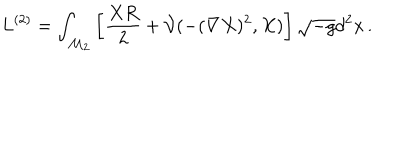
LaTeX: L ^ { ( 2 ) } = \int _ { \mathcal { M } _ { 2 } } \left[ \frac { X R } 2 + \mathcal { V } ( - ( \nabla X ) ^ { 2 } , X ) \right] \sqrt { - g } d ^ { 2 } x \, .